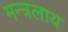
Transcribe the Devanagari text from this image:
मन्त्रलाय